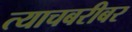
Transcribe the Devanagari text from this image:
त्याचबरीबर